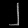
Digit: ၂